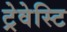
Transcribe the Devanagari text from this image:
ट्रेवेस्टि